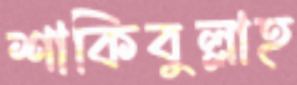
শাকিবুল্লাহ